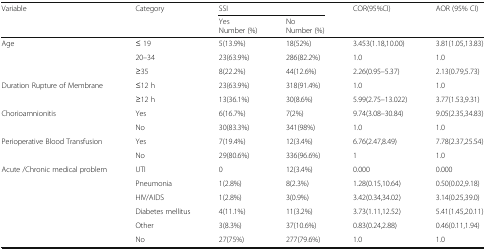
<table><thead><tr><td rowspan="2"><b>Variable</b></td><td rowspan="2"><b>Category</b></td><td colspan="2"><b>SSI</b></td><td><b>COR(95%CI)</b></td><td><b>AOR (95% CI)</b></td></tr><tr><td><b>YesNumber (%)</b></td><td><b>NoNumber (%)</b></td><td></td><td></td></tr></thead><tbody><tr><td rowspan="3">Age</td><td>≤ 19</td><td>5(13.9%)</td><td>18(52%)</td><td>3.453(1.18,10.00)</td><td>3.81(1.05,13.83)</td></tr><tr><td>20–34</td><td>23(63.9%)</td><td>286(82.2%)</td><td>1.0</td><td>1.0</td></tr><tr><td>≥35</td><td>8(22.2%)</td><td>44(12.6%)</td><td>2.26(0.95–5.37)</td><td>2.13(0.79,5.73)</td></tr><tr><td rowspan="2">Duration Rupture of Membrane</td><td>≤12 h</td><td>23(63.9%)</td><td>318(91.4%)</td><td>1.0</td><td>1.0</td></tr><tr><td>≥12 h</td><td>13(36.1%)</td><td>30(8.6%)</td><td>5.99(2.75–13.022)</td><td>3.77(1.53,9.31)</td></tr><tr><td rowspan="2">Chorioamnionitis</td><td>Yes</td><td>6(16.7%)</td><td>7(2%)</td><td>9.74(3.08–30.84)</td><td>9.05(2.35,34.83)</td></tr><tr><td>No</td><td>30(83.3%)</td><td>341(98%)</td><td>1.0</td><td>1.0</td></tr><tr><td rowspan="2">Perioperative Blood Transfusion</td><td>Yes</td><td>7(19.4%)</td><td>12(3.4%)</td><td>6.76(2.47,8.49)</td><td>7.78(2.37,25.54)</td></tr><tr><td>No</td><td>29(80.6%)</td><td>336(96.6%)</td><td>1</td><td>1.0</td></tr><tr><td rowspan="6">Acute /Chronic medical problem</td><td>UTI</td><td>0</td><td>12(3.4%)</td><td>0.000</td><td>0.000</td></tr><tr><td>Pneumonia</td><td>1(2.8%)</td><td>8(2.3%)</td><td>1.28(0.15,10.64)</td><td>0.50(0.02,9.18)</td></tr><tr><td>HIV/AIDS</td><td>1(2.8%)</td><td>3(0.9%)</td><td>3.42(0.34,34.02)</td><td>3.14(0.25,39.0)</td></tr><tr><td>Diabetes mellitus</td><td>4(11.1%)</td><td>11(3.2%)</td><td>3.73(1.11,12.52)</td><td>5.41(1.45,20.11)</td></tr><tr><td>Other</td><td>3(8.3%)</td><td>37(10.6%)</td><td>0.83(0.24,2.88)</td><td>0.46(0.11,1.94)</td></tr><tr><td>No</td><td>27(75%)</td><td>277(79.6%)</td><td>1.0</td><td>1.0</td></tr></tbody></table>